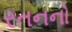
રતનનો